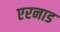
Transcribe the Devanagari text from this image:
एरनाड